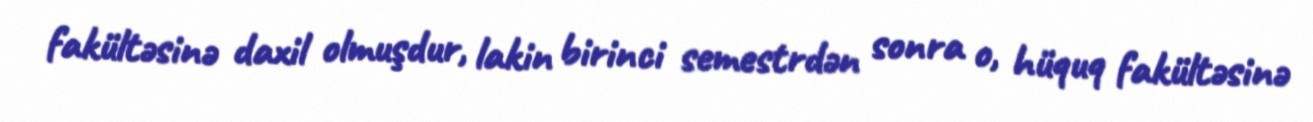
fakültəsinə daxil olmuşdur, lakin birinci semestrdən sonra o, hüquq fakültəsinə